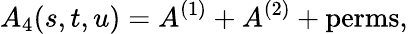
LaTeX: A_{4}(s,t,u)=A^{(1)}+A^{(2)}+\mathrm{perms},